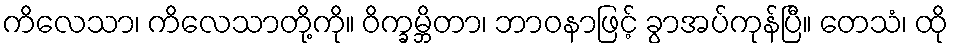
ကိလေသာ၊ ကိလေသာတို့ကို။ ဝိက္ခမ္ဘိတာ၊ ဘာဝနာဖြင့် ခွာအပ်ကုန်ပြီ။ တေသံ၊ ထို